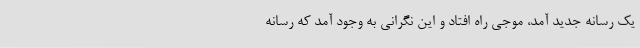
یک رسانه جدید آمد، موجی راه افتاد و این نگرانی به وجود آمد که رسانه